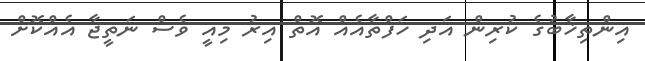
އިންތިޚާބުގެ ކުރިން އަދި ހަފްތާއެއް އޮތް އިރު މިއީ ވެސް ނަތީޖާ އެއްކޮށް